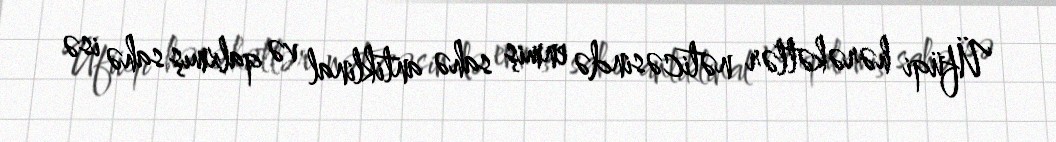
Üfüqi hərəkətlər nəticəsində enmiş sahə antiklinal və qalxmış sahə isə